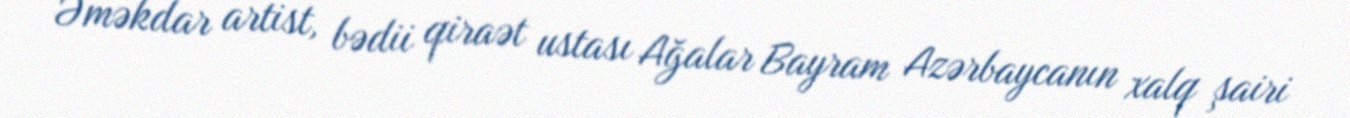
Əməkdar artist, bədii qiraət ustası Ağalar Bayram Azərbaycanın xalq şairi